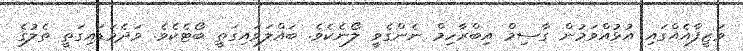
ވަޒީފާއެއްގައި އުޅުއްވަމުން ގާސިމް އިބްރާހިމް ނެންގެވީ ލޯނެކެވެ. ބައްލަވައިގަތީ ބޯޓެކެވެ. ވަދެވަޑައިގަތީ ތެލުގެ